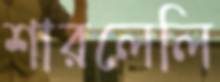
শারলেলি